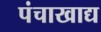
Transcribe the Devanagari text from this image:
पंचाखाद्य